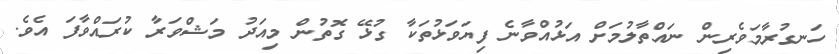
ހަނގުރާމަވެރިން ނައްތާލުމަށް އަޅުއްވާނެ ފިޔަވަޅުތަކާ ގުޅޭ ގޮތުން މިއަދު މަޝްވަރާ ކުރައްވާފަ އެވެ.